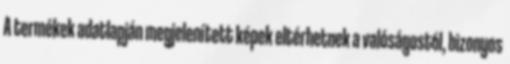
A termékek adatlapján megjelenített képek eltérhetnek a valóságostól, bizonyos